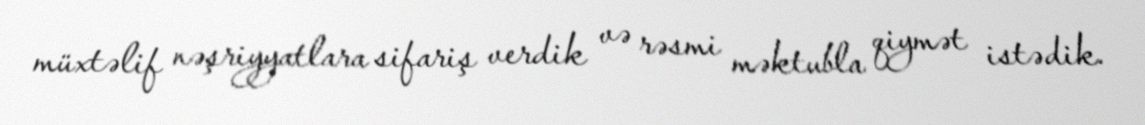
müxtəlif nəşriyyatlara sifariş verdik və rəsmi məktubla qiymət istədik.